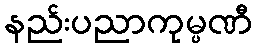
နည်းပညာကုမ္ပဏီ